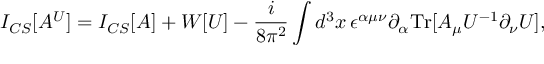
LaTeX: I _ { C S } [ A ^ { U } ] = I _ { C S } [ A ] + { \cal W } [ U ] - \frac { i } { 8 \pi ^ { 2 } } \int d ^ { 3 } x \, \epsilon ^ { \alpha \mu \nu } \partial _ { \alpha } \mathrm { T r } [ A _ { \mu } U ^ { - 1 } \partial _ { \nu } U ] ,